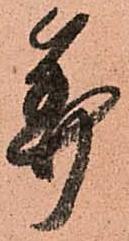
算